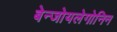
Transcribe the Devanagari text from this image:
बेन्जोयलेगोनिन